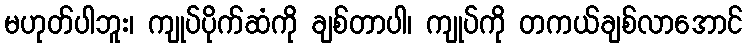
မဟုတ်ပါဘူး၊ ကျုပ်ပိုက်ဆံကို ချစ်တာပါ၊ ကျုပ်ကို တကယ်ချစ်လာအောင်